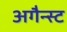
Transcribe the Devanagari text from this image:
अगैन्स्ट